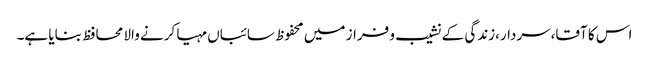
اس کا آقا،سردار،زندگی کے نشیب و فراز میں محفوظ سائباں مہیا کرنے والا محافظ بنایا ہے۔